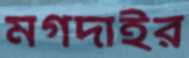
মগদাইর